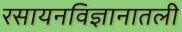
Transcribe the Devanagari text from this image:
रसायनविज्ञानातली